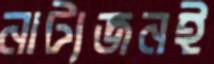
নাট্যজনই